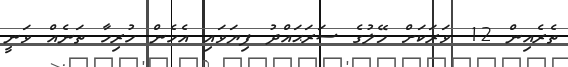
ތެރެއިން 12 ވަރަކަށް މޭލުގެ ސަރަޙައްދު ފިޔަވައި އެހެން ހުރިހާ ތަނެއް ވަނީ